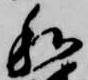
和